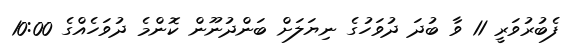
ފެބުރުވަރީ 11 ވާ ބުދަ ދުވަހުގެ ނިޔަލަށް ބަންދުނޫން ކޮންމެ ދުވަހެެއްގެ 10:00